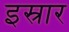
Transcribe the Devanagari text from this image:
इस्रार